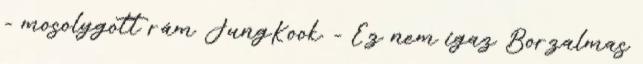
- mosolygott rám JungKook. - Ez nem igaz Borzalmas